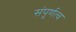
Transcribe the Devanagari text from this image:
संपूर्णत्व